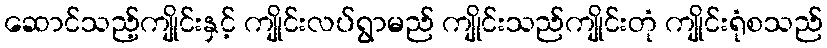
ဆောင်သည့်ကျိုင်းနှင့် ကျိုင်းလပ်ရွာမည် ကျိုင်းသည်ကျိုင်းတုံ ကျိုင်းရုံစသည်